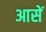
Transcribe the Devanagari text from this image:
आसें